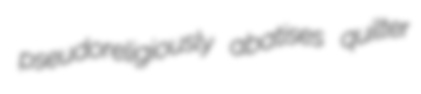
pseudoreligiously abatises quilter